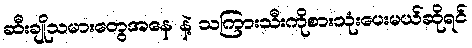
ဆီးချိုသမားတွေအနေ နဲ့ သကြားသီးကိုစားသုံးပေးမယ်ဆိုရင်